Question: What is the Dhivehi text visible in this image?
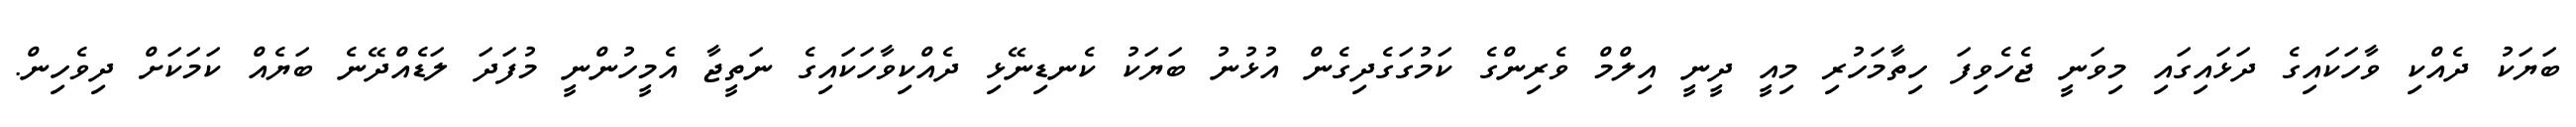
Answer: ބަޔަކު ދެއްކި ވާހަކައިގެ ދަޅައިގައި މިވަނީ ޖެހެވިފަ ހިތާމަހުރި މިއީ ދީނީ އިލްމް ވެރިންގެ ކަމުގަގެދިގެން އުޅުނު ބަޔަކު ކެނޑިނޭޅި ދެއްކިވާހަކައިގެ ނަތީޖާ އެމީހުންނީ މުފަދަ ލަޑެއްދޭނެ ބަޔެއް ކަމަކަށް ދިވެހިން.